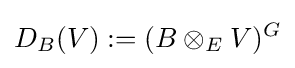
D_{B}(V):=(B\otimes _{E}V)^{G}